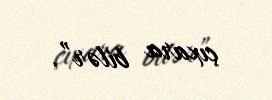
çıxara bilər”.